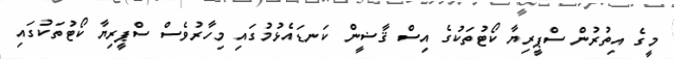
މީގެ އިތުރުން ސްޕީރިޔާ ކޯޓުތަކުގެ އިސް ޤާޟީން ކަނޑައެޅުމުގައި މިހާރުވެސް ސްޕީރިޔާ ކޯޓުތަކުގައި